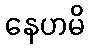
နေဟမိ